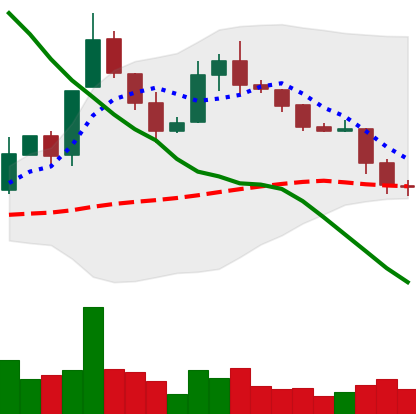
Ticker: XLM-USD
Chart end date: 2019-11-20
Forward return: -12.071%
Label: down_7plus